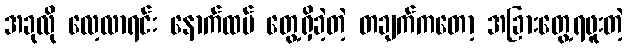
အခုလို လေ့လာရင်း နောက်ထပ် တွေ့ရှိခဲ့တဲ့ တချက်ကတော့ အခြားတွေ့ရဖူးတဲ့